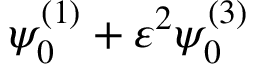
\psi _ { 0 } ^ { ( 1 ) } + \varepsilon ^ { 2 } \psi _ { 0 } ^ { ( 3 ) }